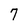
Character: 7